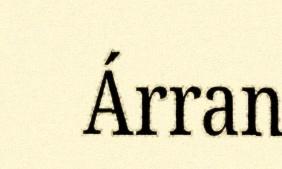
Árran